Lunatic asylums Bombay report 1878-1890 - 1878-1890
Year: 1878
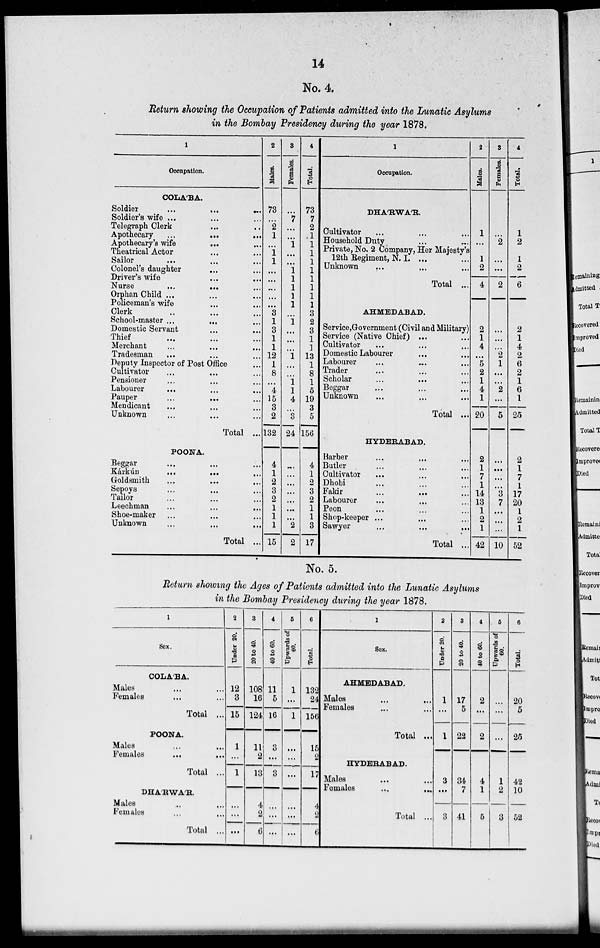
14
No. 4.
Return showing the Occupation of Patients admitted into the Lunatic Asylums
in the Bombay Presidency during the year 1878.
1
Occupation.
COLA'BA.
Soldier
...
...
...
Soldier's wife ... ... ...
Telegraph Clerk ... ...
Apothecary
...
...
...
Apothecary's wife
...
...
Theatrical Actor ... ...
Sailor ... ... ...
Colonel's daughter ... ...
Driver's wife ... ...
Nurse
...
...
...
Orphan Child ... ... ...
Policeman's wife ... ...
Clerk ... ... ...
School-master ...
...
...
Domestic Servant ... ...
Thief ... ... ...
Merchant
...
...
...
Tradesman ... ... ...
Deputy Inspector of Post Office ...
Cultivator ... ... ...
Pensioner ... ... ...
Labourer ... ... ...
Pauper
...
...
...
Mendicant ... ... ...
Unknown ... ... ...
Total ...
POONA.
Beggar ... ... ...
Kárkún ... ... ...
Goldsmith ... ... ...
Sepoys ... ... ...
Tailor ... ... ...
Leechman ... ... ...
Shoe-maker ... ... ...
Unknown ... ... ...
Total ...
2
Males.
73
...
2
1
...
1
1
...
...
...
...
...
3
1
3
1
1
12
1
8
...
4
15
3
2
132
4
1
2
3
2
1
1
1
15
3
Females.
...
7
...
...
1
...
...
1
1
1
1
1
...
1
...
...
...
1
...
...
1
1
4
...
3
24
...
...
...
...
...
...
...
2
2
4
Total.
73
7
2
1
1
1
1
1
1
1
1
1
3
2
3
1
1
13
1
8
1
5
19
3
5
156
4
1
2
3
2
1
1
3
17
1
Occupation.
DHA'RWA'R.
Cultivator ... ... ...
Household Duty ... ...
Private, No. 2 Company, Her Majesty's
12th Regiment, N. I. ... ...
Unknown ... ... ...
Total ...
AHMEDABAD.
Service,Government (Civil and Military)
Service (Native Chief) ... ...
Cultivator ... ... ...
Domestic Labourer ... ...
Labourer ... ... ...
Trader ... ... ...
Scholar ... ... ...
Beggar ... ... ...
Unknown ... ... ...
Total ...
HYDERABAD.
Barber ... ... ...
Butler ... ... ...
Cultivator ... ... ...
Dhobi ... ... ...
Fakir
...
...
...
Labourer ... ... ...
Peon ... ... ...
Shop-keeper ...
Sawyer ... ... ...
Total ...
2
Males.
1
...
1
2
4
2
1
4
...
5
2
1
4
1
20
2
1
7
1
14
13
1
2
1
42
3
Females.
...
2
...
...
2
...
...
...
2
1
...
...
2
...
5
...
...
...
...
3
7
...
...
...
10
4
Total.
1
2
1
2
6
2
1
4
2
6
2
1
6
1
25
2
1
7
1
17
20
1
2
1
52
No. 5.
Return showing the Ages of Patients admitted into the Lunatic Asylums
in the Bombay Presidency during the year 1878.
1
Sex.
COLA'BA.
Males ... ...
Females ... ...
Total ...
POONA.
Males ... ...
Females
...
...
Total ...
DHA'RWA'R.
Males ... ...
Females ... ...
Total ...
2
Under 20.
12
3
15
1
...
1
...
...
...
3
20 to 40.
108
16
124
11
2
13
4
2
6
4
40 to 60.
11
5
16
8
...
8
...
...
...
5
Upwards of
60.
1
...
1
...
...
...
...
...
...
6
Total.
132
24
156
15
2
17
4
2
6
l
Sex.
AHMEDABAD.
Males ... ...
Females ... ...
Total ...
HYDERABAD.
Males ... ...
Females ... ...
Total ...
2
Under 20.
1
...
1
3
...
3
3
20 to 40.
17
5
22
34
7
41
4
40 to 60.
2
...
2
4
1
5
5
Upwards of
60.
...
...
...
1
2
3
6
Total.
20
5
25
42
10
52